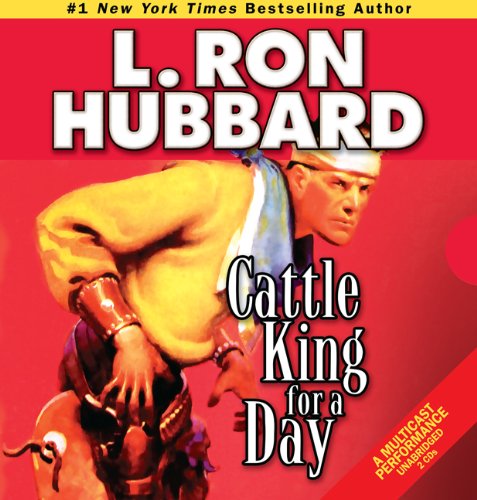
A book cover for Cattle King for a Day (Western Short Stories Collection); L. Ron Hubbard; Literature & Fiction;